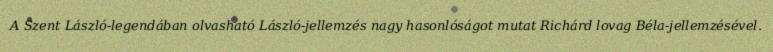
A Szent László-legendában olvasható László-jellemzés nagy hasonlóságot mutat Richárd lovag Béla-jellemzésével.